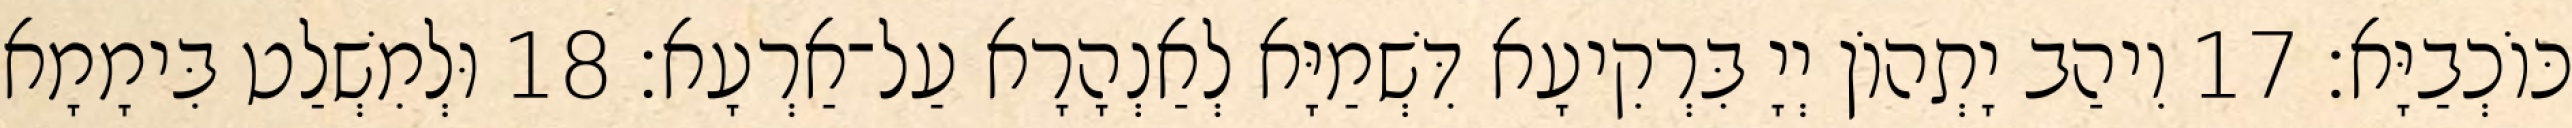
כּוֹכְבַיָּא׃ 17 וִיהַב יָתְהוֹן יְיָ בִּרְקִיעָא דִּשְׁמַיָּא לְאַנְהָרָא עַל־אַרְעָא׃ 18 וּלְמִשְׁלַט בִּימָמָא